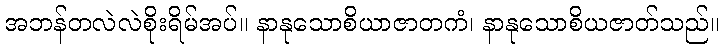
အဘန်တလဲလဲစိုးရိမ်အပ်။ နာနုသောစိယာဇာတကံ၊ နာနုသောစိယဇာတ်သည်။